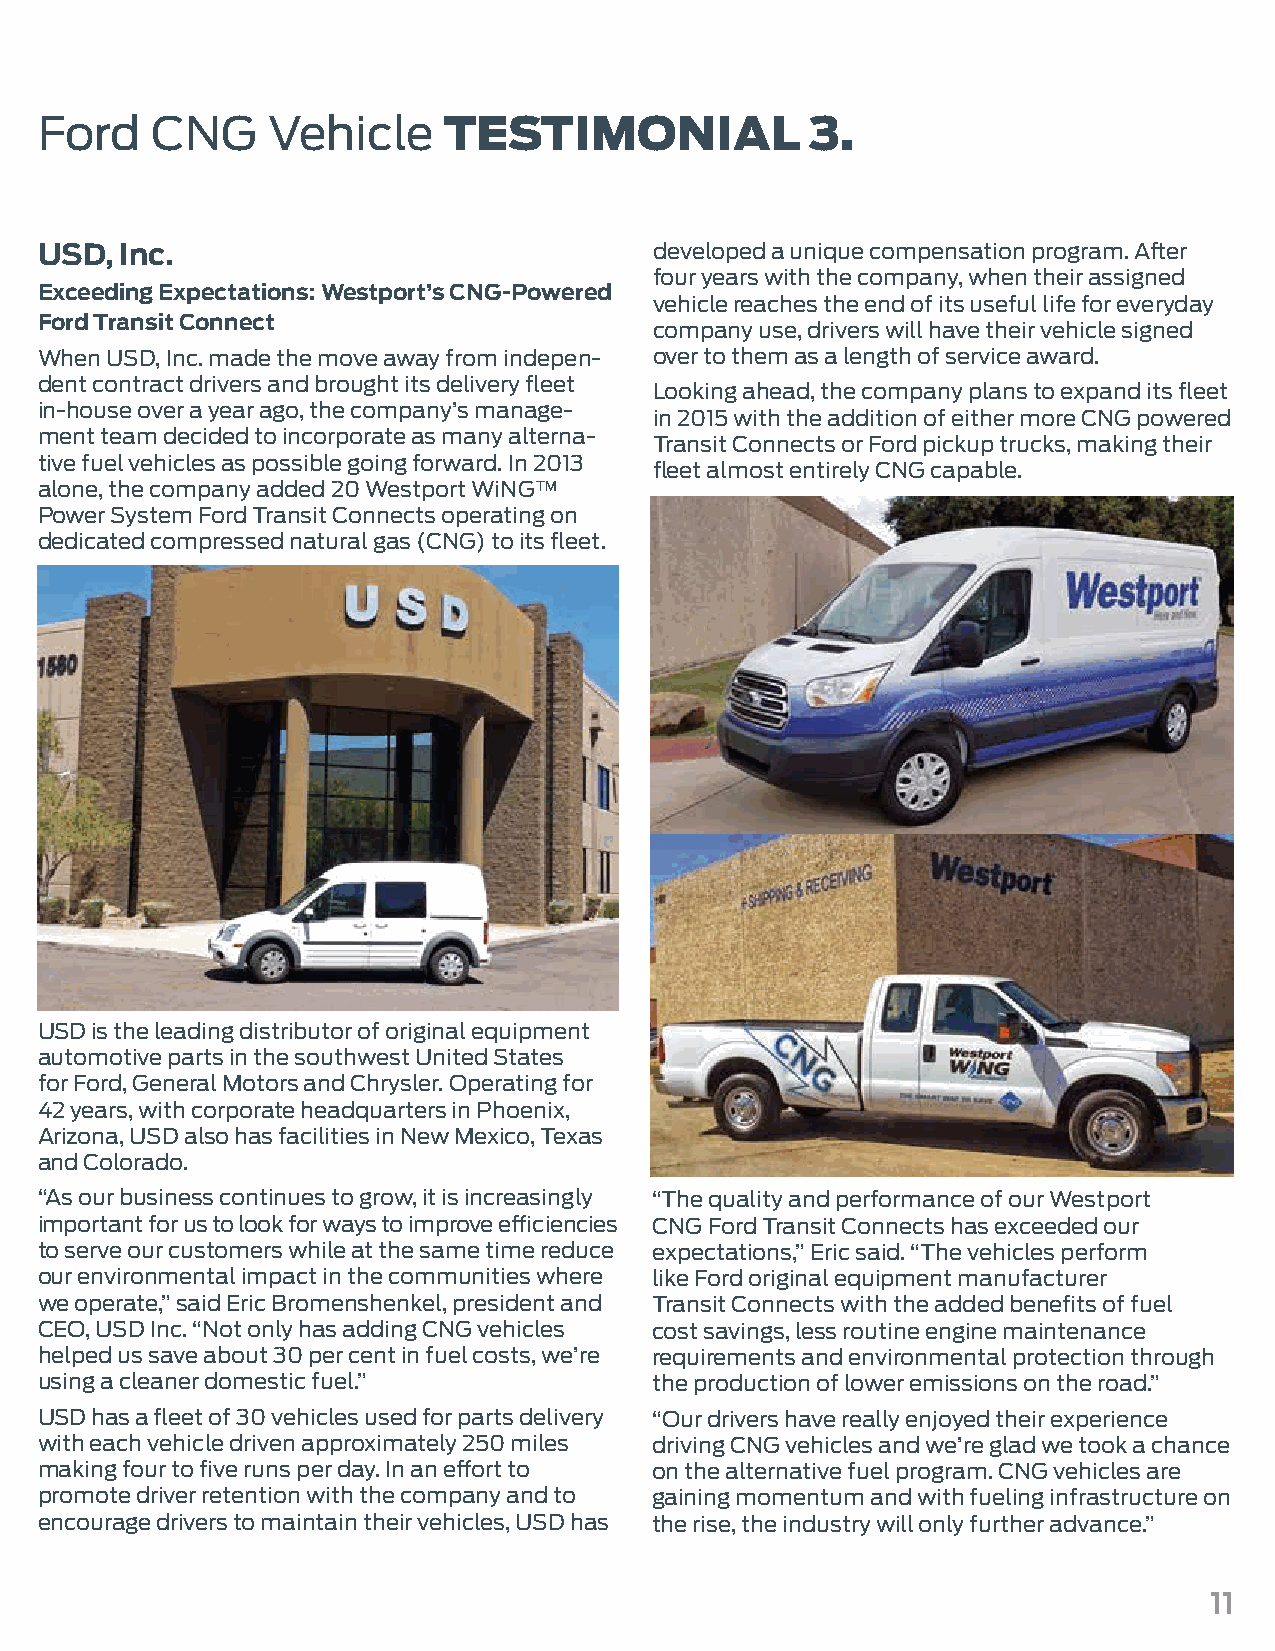
Ford    CNG     Vehicle    TESTIMONIAL              3.
 USD,  Inc.                               developed a unique compensation program. After
 four years with the company, when their assigned
 Exceeding Expectations: Westport’s CNG-Powered
 vehicle reaches the end of its useful life for everyday
 Ford Transit Connect
 company use, drivers will have their vehicle signed
 When USD, Inc. made the move away from indepen- over to them as a length of service award.
 dent contract drivers and brought its delivery fleet
 Looking ahead, the company plans to expand its fleet
 in-house over a year ago, the company’s manage-
 in 2015 with the addition of either more CNG powered
 ment team decided to incorporate as many alterna-
 Transit Connects or Ford pickup trucks, making their
 tive fuel vehicles as possible going forward. In 2013
 fleet almost entirely CNG capable.
 alone, the company added 20 Westport WiNG™
 Power System Ford Transit Connects operating on
 dedicated compressed natural gas (CNG) to its fleet.
 USD is the leading distributor of original equipment
 automotive parts in the southwest United States
 for Ford, General Motors and Chrysler. Operating for
 42 years, with corporate headquarters in Phoenix,
 Arizona, USD also has facilities in New Mexico, Texas
 and Colorado.
 “As our business continues to grow, it is increasingly “The quality and performance of our Westport
 important for us to look for ways to improve efficiencies CNG Ford Transit Connects has exceeded our
 to serve our customers while at the same time reduce expectations,” Eric said. “The vehicles perform
 our environmental impact in the communities where like Ford original equipment manufacturer
 we operate,” said Eric Bromenshenkel, president and Transit Connects with the added benefits of fuel
 CEO, USD Inc. “Not only has adding CNG vehicles cost savings, less routine engine maintenance
 helped us save about 30 per cent in fuel costs, we’re requirements and environmental protection through
 using a cleaner domestic fuel.”          the production of lower emissions on the road.”
 USD has a fleet of 30 vehicles used for parts delivery “Our drivers have really enjoyed their experience
 with each vehicle driven approximately 250 miles driving CNG vehicles and we’re glad we took a chance
 making four to five runs per day. In an effort to on the alternative fuel program. CNG vehicles are
 promote driver retention with the company and to gaining momentum and with fueling infrastructure on
 encourage drivers to maintain their vehicles, USD has the rise, the industry will only further advance.”
 11